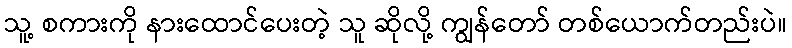
သူ့ စကားကို နားထောင်ပေးတဲ့ သူ ဆိုလို့ ကျွန်တော် တစ်ယောက်တည်းပဲ။